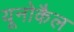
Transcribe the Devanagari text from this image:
यूनोकैल